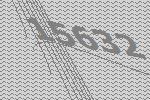
15632